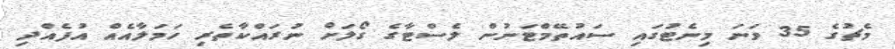
މެޗުގެ 35 ވަނަ މިނެޓުގައި ސައުތޭމްޓަނުން ލެސްޓާގެ ގޯލަށް ނުރައްކާތެރި ހަމަލާއެއް އުފެއްދި